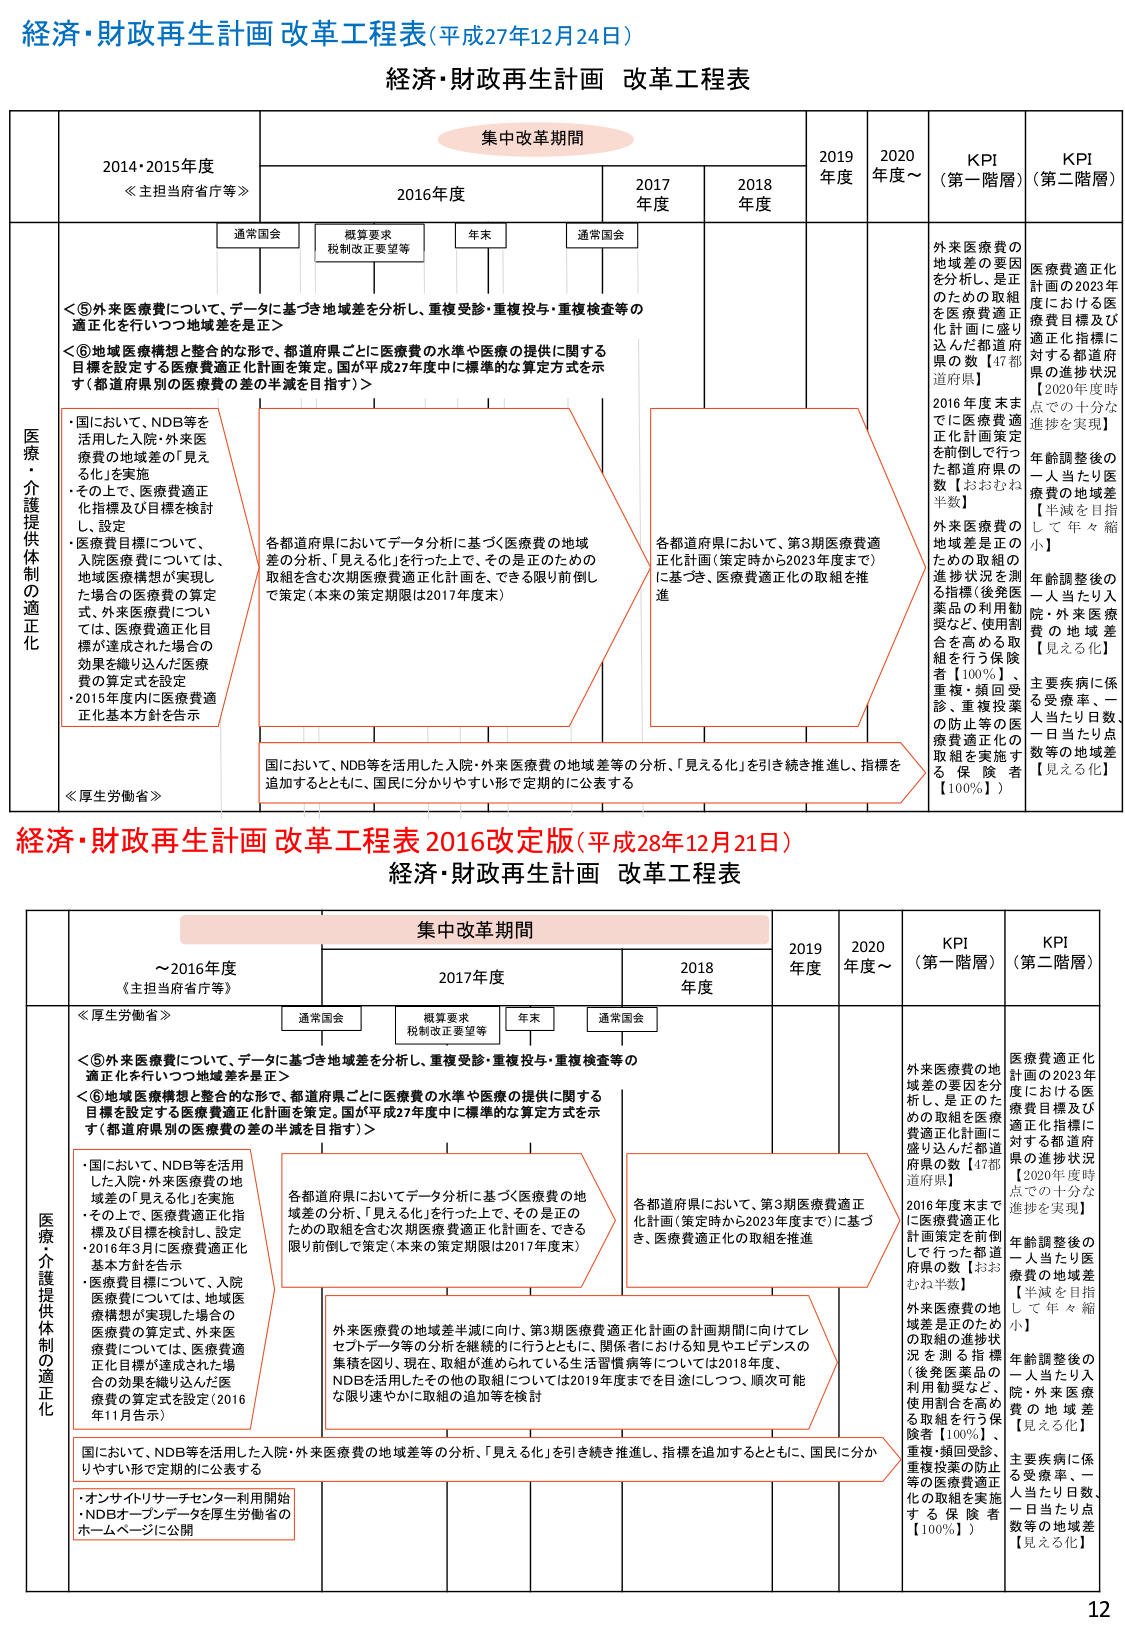
経済・財政再生計画 改革工程表（平成27年12月24日）
経済・財政再生計画 改革工程表

集中改革期間
2014・2015年度
≪主担当府省庁等≫
2016年度
2017年度
2018年度
2019年度
2020年度～
KPI（第一階層）
KPI（第二階層）

通常国会
概算要求
税制改正要望等
年末
通常国会

医療・介護提供体制の適正化

＜⑤外来医療費について、データに基づき地域差を分析し、重複受診・重複投与・重複検査等の適正化を行いつつ地域差を是正＞
＜⑥地域医療構想と整合的な形で、都道府県ごとに医療費の水準や医療の提供に関する目標を設定する医療費適正化計画を策定。国が平成27年度中に標準的な算定方式を示す（都道府県別の医療費の差の半減を目指す）＞

・国において、NDB等を活用した入院・外来医療費の地域差の「見える化」を実施
・その上で、医療費適正化指標及び目標を検討し、設定
・医療費目標について、入院医療費については、地域医療構想が実現した場合の医療費の算定式、外来医療費については、医療費適正化目標が達成された場合の効果を織り込んだ医療費の算定式を設定
・2015年度内に医療費適正化基本方針を告示

各都道府県においてデータ分析に基づく医療費の地域差の分析、「見える化」を行った上で、その是正のための取組を含む次期医療費適正化計画を、できる限り前倒しに策定（本来の策定期限は2017年度末）

各都道府県において、第3期医療費適正化計画（策定時から2023年度まで）に基づき、医療費適正化の取組を推進

国において、NDB等を活用した入院・外来医療費の地域差等の分析、「見える化」を引き続き推進し、指標を追加するとともに、国民に分かりやすい形で定期的に公表する

外来医療費の地域差の要因を分析し、是正のための取組を医療費適正化計画に盛り込んだ都道府県の数【47都道府県】
2016年度末までに医療費適正化計画策定を前倒しで行った都道府県の数【おおむね半数】
外来医療費の地域差是正のための取組の進捗状況を測る指標（後発医薬品の利用動向など、使用割合を高める取組を行う保険者【100％】、重複・頻回受診、重複投薬の防止等の医療費適正化の取組を実施する保険者【100％】）

医療費適正化計画における医療費目標及び適正化指標に対する都道府県の進捗状況【2020年度時点で十分な進捗を実現】
年齢調整後の一人当たり医療費の地域差【半減を目指して年々縮小】
年齢調整後の一人当たり入院・外来医療費の地域差【見える化】
主要疾病に係る受療率、一人当たり日数、一日当たり点数等の地域差【見える化】

≪厚生労働省≫

経済・財政再生計画 改革工程表 2016改定版（平成28年12月21日）
経済・財政再生計画 改革工程表

集中改革期間
～2016年度
≪主担当府省庁等≫
2017年度
2018年度
2019年度
2020年度～
KPI（第一階層）
KPI（第二階層）

通常国会
概算要求
税制改正要望等
年末
通常国会

医療・介護提供体制の適正化

＜⑤外来医療費について、データに基づき地域差を分析し、重複受診・重複投与・重複検査等の適正化を行いつつ地域差を是正＞
＜⑥地域医療構想と整合的な形で、都道府県ごとに医療費の水準や医療の提供に関する目標を設定する医療費適正化計画を策定。国が平成27年度中に標準的な算定方式を示す（都道府県別の医療費の差の半減を目指す）＞

・国において、NDB等を活用した入院・外来医療費の地域差の「見える化」を実施
・その上で、医療費適正化指標及び目標を検討し、設定
・2016年3月に医療費適正化基本方針を告示
・医療費目標について、入院医療費については、地域医療構想が実現した場合の医療費の算定式、外来医療費については、医療費適正化目標が達成された場合の効果を織り込んだ医療費の算定式を設定（2016年11月告示）

各都道府県においてデータ分析に基づく医療費の地域差の分析、「見える化」を行った上で、その是正のための取組を含む次期医療費適正化計画を、できる限り前倒しに策定（本来の策定期限は2017年度末）

各都道府県において、第3期医療費適正化計画（策定時から2023年度まで）に基づき、医療費適正化の取組を推進

外来医療費の地域差半減に向け、第3期医療費適正化計画の計画期間に向けてレセプトデータ等の分析を継続的に行うとともに、関係者における知見やエビデンスの集積を図り、現在、取組が進められている生活習慣病等については2018年度、NDBを活用したその他の取組については2019年度までを目途にしつつ、順次可能な限り速やかに取組の追加等を検討

国において、NDB等を活用した入院・外来医療費の地域差等の分析、「見える化」を引き続き推進し、指標を追加するとともに、国民に分かりやすい形で定期的に公表する

・オンラインリサーチセンター利用開始
・NDBオープンデータを厚生労働省のホームページに公開

外来医療費の地域差の要因を分析し、是正のための取組を医療費適正化計画に盛り込んだ都道府県の数【47都道府県】
2016年度末までに医療費適正化計画策定を前倒しで行った都道府県の数【おおむね半数】
外来医療費の地域差是正のための取組の進捗状況を測る指標（後発医薬品の利用動向など、使用割合を高める取組を行う保険者【100％】、重複・頻回受診、重複投薬の防止等の医療費適正化の取組を実施する保険者【100％】）

医療費適正化計画の2023年における医療費目標及び適正化指標に対する都道府県の進捗状況【2020年度時点で十分な進捗を実現】
年齢調整後の一人当たり医療費の地域差【半減を目指して年々縮小】
年齢調整後の一人当たり入院・外来医療費の地域差【見える化】
主要疾病に係る受療率、一人当たり日数、一日当たり点数等の地域差【見える化】

12